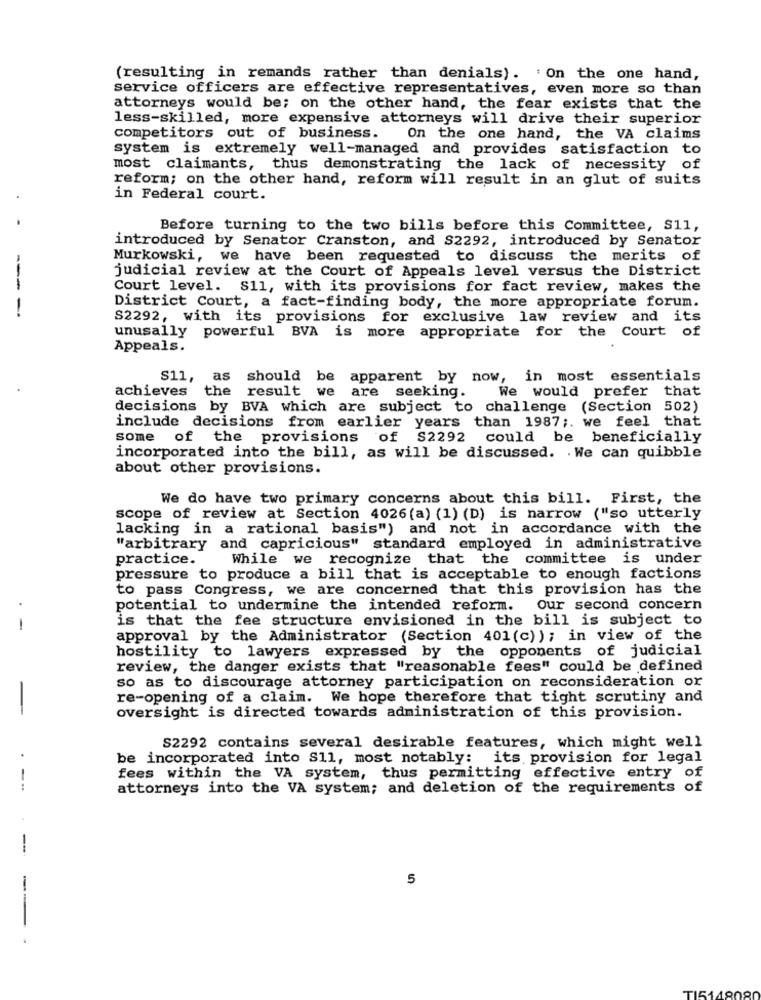
(resulting in remands rather than denials). 'On the one hand,
service officers are effective representatives, even more so than
attorneys would be; on the other hand, the fear exists that the
less-skilled, more expensive attorneys will drive their superior
competitors out of business.
On the one hand, the VA claims
system is extremely well-managed and provides satisfaction to
most claimants, thus demonstrating the lack of necessity of
reform; on the other hand, reform will result in an glut of suits
in Federal court.
Before turning to the two bills before this Committee, S11,
introduced by Senator Cranston, and S2292, introduced by Senator
Murkowski, we have been requested to discuss the merits of
judicial review at the Court of Appeals level versus the District
---
Court level. S11, with its provisions for fact review, makes the
-
District Court, a fact-finding body, the more appropriate forum.
S2292, with its provisions for exclusive law review and its
unusally powerful BVA is more appropriate for the Court of
Appeals.
S11, as
should be
apparent by now, in most essentials
achieves the result we
are seeking.
We would prefer that
decisions by BVA which are subject to challenge (Section 502)
include decisions from earlier years than 1987 ;. we feel that
some of the provisions of S2292 could be beneficially
incorporated into the bill, as will be discussed. . We can quibble
about other provisions.
We do have two primary concerns about this bill. First, the
scope of review at Section 4026(a) (1) (D) is narrow ("so utterly
lacking in a rational basis") and not in accordance with the
"arbitrary and capricious" standard employed in administrative
practice.
While we recognize that the committee is under
pressure to produce a bill that is acceptable to enough factions
to pass Congress, we are concerned that this provision has the
potential to undermine the intended reform. our second concern
is that the fee structure envisioned in the bill is subject to
-
approval by the Administrator (Section 401(c) ); in view of the
hostility to lawyers expressed by the opponents of judicial
review, the danger exists that "reasonable fees" could be defined
so as to discourage attorney participation on reconsideration or
re-opening of a claim. We hope therefore that tight scrutiny and
-
oversight is directed towards administration of this provision.
S2292 contains several desirable features, which might well
.
be incorporated into S11, most notably: its provision for legal
fees within the VA system, thus permitting effective entry of
--
attorneys into the VA system; and deletion of the requirements of
--
5
-
-
TI51480